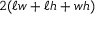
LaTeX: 2 ( \ell w + \ell h + w h )